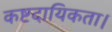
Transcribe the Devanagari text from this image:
कष्टदायिकता।